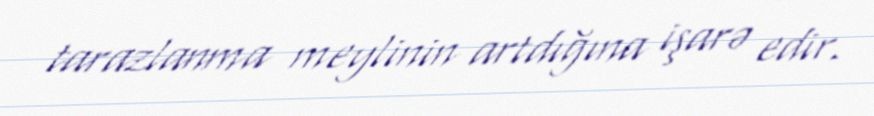
tarazlanma meylinin artdığına işarə edir.